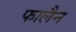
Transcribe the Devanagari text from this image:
फालैन